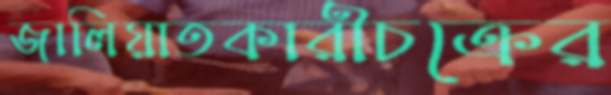
জালিয়াতকারীচক্রের